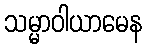
သမ္မာဝါယာမေန